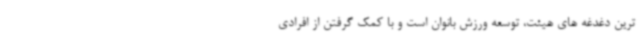
ترین دغدغه های هیئت، توسعه ورزش بانوان است و با کمک گرفتن از افرادی